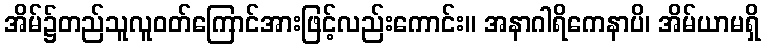
အိမ်၌တည်သူလူဝတ်ကြောင်အားဖြင့်လည်းကောင်း။ အနာဂါရိကေနာပိ၊ အိမ်ယာမရှိ